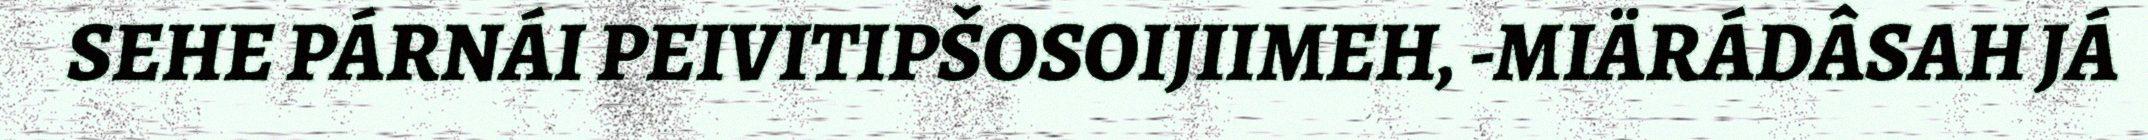
SEHE PÁRNÁI PEIVITIPŠOSOIJIIMEH, -MIÄRÁDÂSAH JÁ